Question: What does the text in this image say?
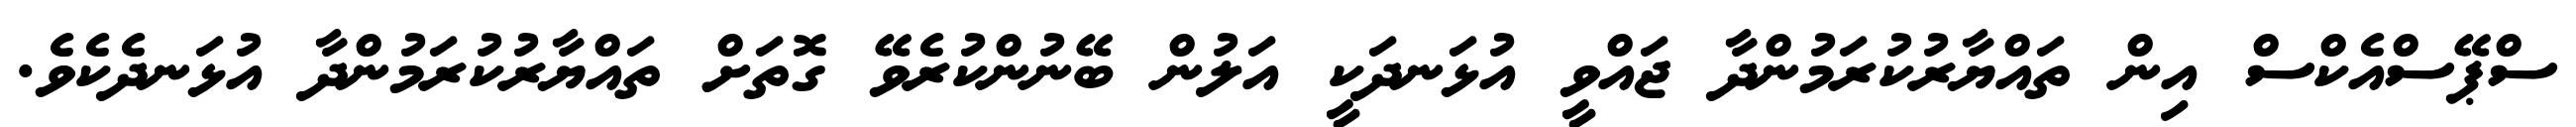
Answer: ސްޕޭސްއެކްސް އިން ތައްޔާރުކުރަމުންދާ ޖައްވީ އުޅަނދަކީ އަލުން ބޭނުންކުރެވޭ ގޮތަށް ތައްޔާރުކުރަމުންދާ އުޅަނދެކެވެ.